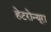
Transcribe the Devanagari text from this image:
हेटरोन्यूरा